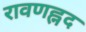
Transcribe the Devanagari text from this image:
रावणह्नद